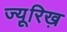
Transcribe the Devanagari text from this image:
ज्यू़रिख़